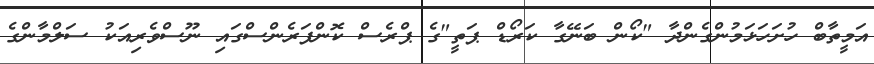
އަމީތާބް ހުށަހަޅަމުންގެންދާ "ކޯން ބަނޭގާ ކަރޯޑް ޕަތީ"ގެ ޕްރެސް ކޮންފަރެންސްގައި ނޫސްވެރިއަކު ސަލްމާންގެ